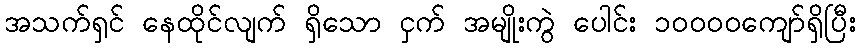
အသက်ရှင် နေထိုင်လျက် ရှိသော ငှက် အမျိုးကွဲ ပေါင်း ၁၀၀၀၀ကျော်ရှိပြီး